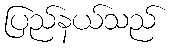
ပြည်နယ်သည်